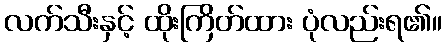
လက်သီးနှင့် ထိုးကြိတ်ထား ပုံလည်းရ၏။